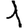
Digit: 1